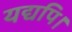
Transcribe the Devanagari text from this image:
यद्यपि।